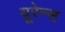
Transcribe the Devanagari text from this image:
यूरेन्स